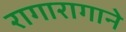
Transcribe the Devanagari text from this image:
रागारागाने